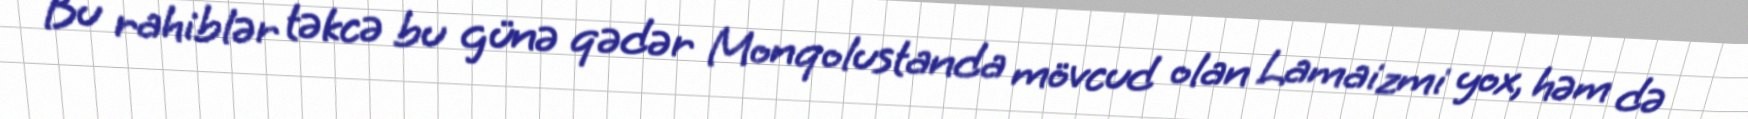
Bu rahiblər təkcə bu günə qədər Monqolustanda mövcud olan Lamaizmi yox, həm də